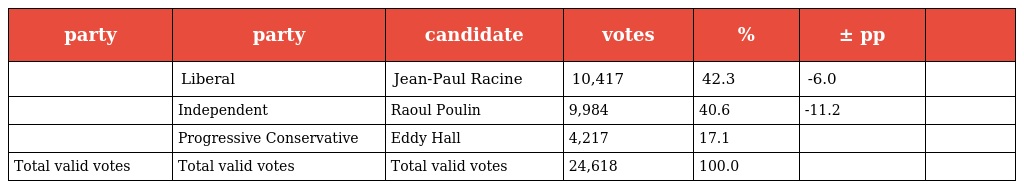
| party | party | candidate | votes | % | ± pp |  |
 | --- | --- | --- | --- | --- | --- | --- |
 |  | Liberal | Jean-Paul Racine | 10,417 | 42.3 | -6.0 |  |
 |  | Independent | Raoul Poulin | 9,984 | 40.6 | -11.2 |  |
 |  | Progressive Conservative | Eddy Hall | 4,217 | 17.1 |  |  |
 | Total valid votes | Total valid votes | Total valid votes | 24,618 | 100.0 |  |  |